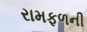
રામફળની